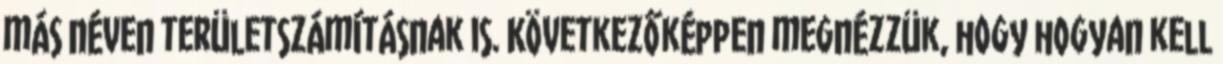
más néven területszámításnak is. Következőképpen megnézzük, hogy hogyan kell